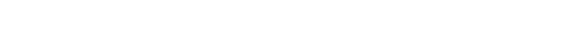
လူတွေကလည်း အလားတူ နေရောင်ခြည်သုံးပြီး ကစီဓာတ်လိုက်ထုတ်မယ်ဆိုရင် ရနိုင်တဲ့ စွမ်းအင်ရဲ့